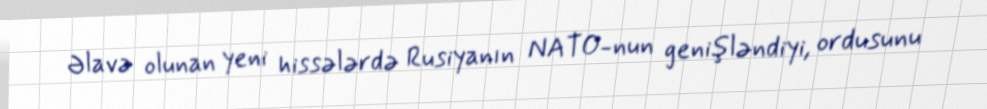
Əlavə olunan yeni hissələrdə Rusiyanın NATO-nun genişləndiyi, ordusunu